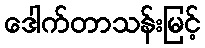
ဒေါက်တာသန်းမြင့်